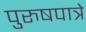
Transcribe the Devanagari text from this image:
पुरुषपात्रे